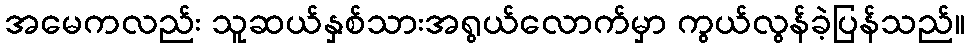
အမေကလည်း သူဆယ်နှစ်သားအရွယ်လောက်မှာ ကွယ်လွန်ခဲ့ပြန်သည်။